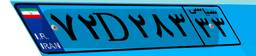
۹۳D۳۳۱۱۹